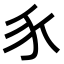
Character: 𧰨